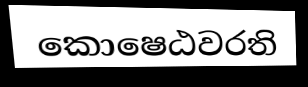
කොෂෙඨවරති